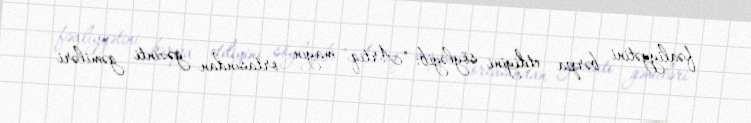
fəaliyyətini bərpa etdiyini söyləyib: "Artıq mayın ortasından gəzinti gəmiləri